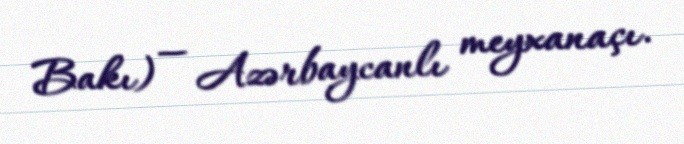
Bakı) — Azərbaycanlı meyxanaçı.